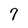
Character: 7